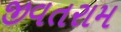
જીવતરામ